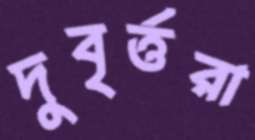
দুবৃর্ত্তরা